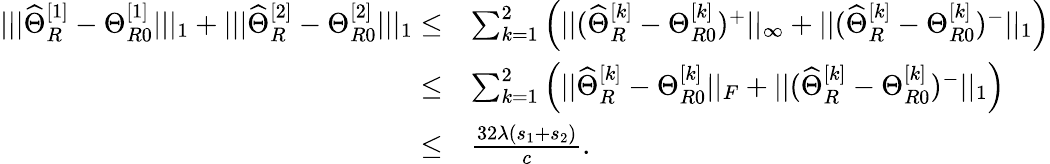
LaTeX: \begin{array}{rl}{|||\widehat{\Theta}_{R}^{[1]}-\Theta_{R0}^{[1]}|||_{1}+|||\widehat{\Theta}_{R}^{[2]}-\Theta_{R0}^{[2]}|||_{1}\leq}&{\sum_{k=1}^{2}\Big(||(\widehat{\Theta}_{R}^{[k]}-\Theta_{R0}^{[k]})^{+}||_{\infty}+||(\widehat{\Theta}_{R}^{[k]}-\Theta_{R0}^{[k]})^{-}||_{1}\Big)}\\ {\leq}&{\sum_{k=1}^{2}\Big(||\widehat{\Theta}_{R}^{[k]}-\Theta_{R0}^{[k]}||_{F}+||(\widehat{\Theta}_{R}^{[k]}-\Theta_{R0}^{[k]})^{-}||_{1}\Big)}\\ {\leq}&{\frac{32\lambda(s_{1}+s_{2})}{c}.}\end{array}